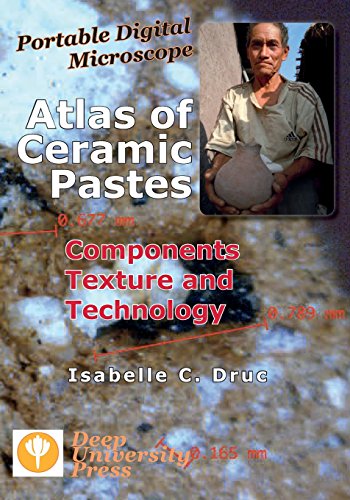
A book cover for Portable Digital Microscope: Atlas of Ceramic Pastes - Components, Texture and Technology; Isabelle C. Druc; Crafts, Hobbies & Home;